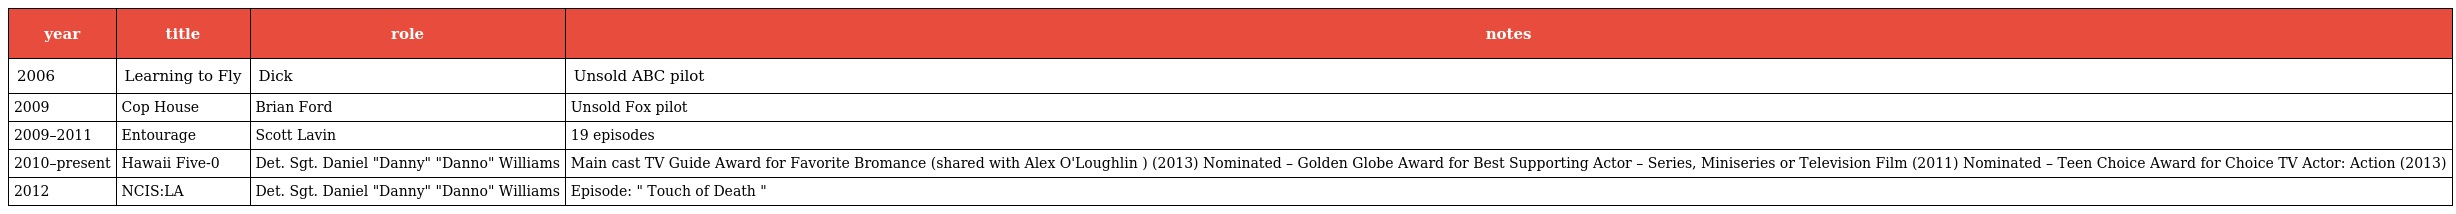
| year | title | role | notes |
 | --- | --- | --- | --- |
 | 2006 | Learning to Fly | Dick | Unsold ABC pilot |
 | 2009 | Cop House | Brian Ford | Unsold Fox pilot |
 | 2009–2011 | Entourage | Scott Lavin | 19 episodes |
 | 2010–present | Hawaii Five-0 | Det. Sgt. Daniel "Danny" "Danno" Williams | Main cast TV Guide Award for Favorite Bromance (shared with Alex O'Loughlin ) (2013) Nominated – Golden Globe Award for Best Supporting Actor – Series, Miniseries or Television Film (2011) Nominated – Teen Choice Award for Choice TV Actor: Action (2013) |
 | 2012 | NCIS:LA | Det. Sgt. Daniel "Danny" "Danno" Williams | Episode: " Touch of Death " |